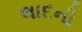
લાદની